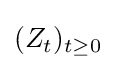
(Z_{t})_{t\geq 0}